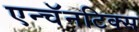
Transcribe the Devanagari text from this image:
एन्चॅनटिक्स